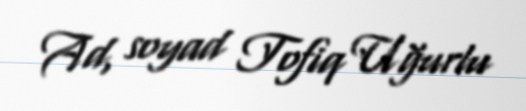
Ad, soyad Tofiq Uğurlu